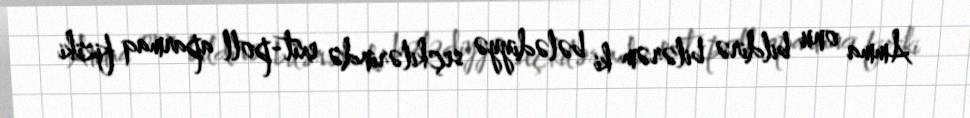
Amma onu bildirə bilərəm ki bələdiyyə seçkilərində exit-poll aparmaq fiziki